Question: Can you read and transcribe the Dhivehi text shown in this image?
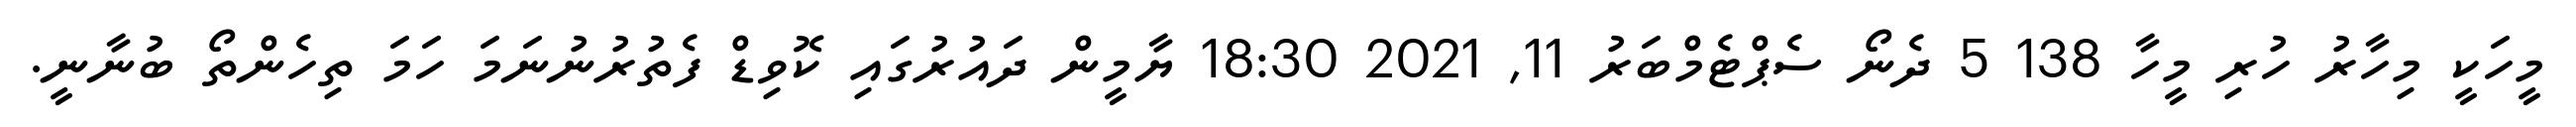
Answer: މީހަކީ މިހާރު ހުރި މީހާ 138 5 ދެނޯ ސެޕްޓެމްބަރު 11, 2021 18:30 ޔާމީން ދައުރުގައި ކޮވިޑް ފެތުރުނުނަމަ ހަމަ ތިހެންތޯ ބުނާނީ.